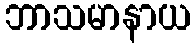
ဘာသမာနာယ